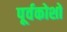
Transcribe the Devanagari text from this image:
पूर्वकोशों